Lunatic asylums Central Provinces reports 1895-1909 - 1895-1909
Year: 1895
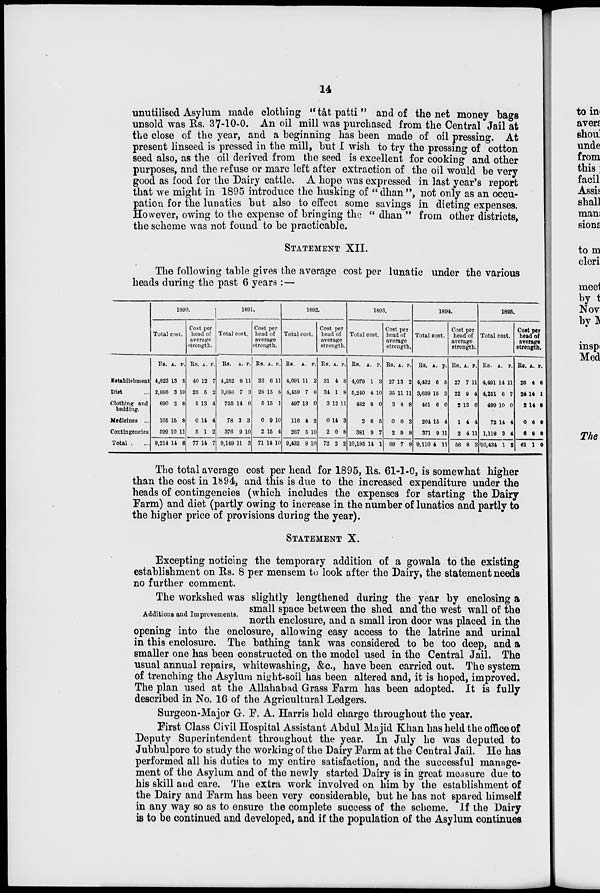
14
unutilised Asylum made clothing " tât patti " and of the net money bags
unsold was Rs. 37-10-0. An oil mill was purchased from the Central Jail at
the close of the year, and a beginning has been made of oil pressing. At
present linseed is pressed in the mill, but I wish to try the pressing of cotton
seed also, as the oil derived from the seed is excellent for cooking and other
purposes, and the refuse or marc left after extraction of the oil would be very
good as food for the Dairy cattle. A hope was expressed in last year's report
that we might in 1895 introduce the husking of " dhan ", not only as an occu-
pation for the lunatics but also to effect some savings in dieting expenses.
However, owing to the expense of bringing the " dhan " from other districts,
the scheme was not found to be practicable.
STATEMENT XII.
The following table gives the average cost per lunatic under the various
heads during the past 6 years :—
Establishment
Diet
Clothing and
bedding.
Medicines ...
Contingencies
Total
1890.
Total cost.
Rs.
4,823
2,995
690
105
599
9,214
A.
13
3
2
15
10
14
P.
5
10
8
8
11
6
Cost per
head of
average
strength.
Rs.
40
25
5
0
5
77
A.
12
5
13
14
1
14
P.
7
2
4
4
2
7
1891.
Total cost.
Rs.
4,252
3,686
755
78
376
9,149
A.
8
7
14
3
9
11
P.
11
3
0
3
10
3
Cost per
head of
average
strength.
Rs.
33
28
5
0
2
71
A.
6
15
15
9
15
14
P.
11
8
1
10
4
10
1892.
Total cost.
Rs.
4,091
4,459
497
116
267
9,432
A.
11
7
13
4
5
9
P.
2
8
0
2
10
10
Cost per
head of
average
strength.
Rs.
31
34
3
0
2
72
A.
4
1
12
14
0
2
P.
8
8
11
3
8
2
1893.
Total cost.
Rs.
4,079
5,240
482
2
381
10,185
A.
1
4
8
6
9
14
P.
3
10
0
5
7
1
Cost per
head of
average
strength.
Rs.
27
35
3
0
2
69
A.
13
11
4
0
0
7
P.
2
11
8
3
8
8
1894.
Total cost.
Rs.
4,432
3,639
461
204
371
9,110
A.
6
15
6
15
9
4
P.
5
3
0
4
11
11
Cost per
head of
average
strength.
Rs.
27
22
2
1
2
56
A.
7
9
13
4
4
8
P.
11
4
6
4
11
3
1895.
Total cost.
Rs.
4,491
4,251
499
72
1,118
10,434
A.
14
6
10
14
3
1
P.
11
7
0
4
4
2
Cost per
head of
average
strength.
Rs.
26
24
2
0
6
61
A.
4
14
14
6
8
1
P.
6
1
9
9
6
0
The total average cost per head for 1895, Rs. 61-1-0, is somewhat higher
than the cost in 1894, and this is due to the increased expenditure under the
heads of contingencies (which includes the expenses for starting the Dairy
Farm) and diet (partly owing to increase in the number of lunatics and partly to
the higher price of provisions during the year).
STATEMENT X.
Excepting noticing the temporary addition of a gowala to the existing
establishment on Rs. 8 per mensem to look after the Dairy, the statement needs
no further comment.
Additions and Improvements.
The workshed was slightly lengthened during the year by enclosing a
small space between the shed and the west wall of the
north enclosure, and a small iron door was placed in the
opening into the enclosure, allowing easy access to the latrine and urinal
in this enclosure. The bathing tank was considered to be too deep, and a
smaller one has been constructed on the model used in the Central Jail. The
usual annual repairs, whitewashing, &c, have been carried out. The system
of trenching the Asylum night-soil has been altered and, it is hoped, improved.
The plan used at the Allahabad Grass Farm has been adopted. It is fully
described in No. 16 of the Agricultural Ledgers.
Surgeon-Major G. F. A. Harris held charge throughout the year.
First Class Civil Hospital Assistant Abdul Majid Khan has held the office of
Deputy Superintendent throughout the year. In July he was deputed to
Jubbulpore to study the working of the Dairy Farm at the Central Jail. He has
performed all his duties to my entire satisfaction, and the successful manage-
ment of the Asylum and of the newly started Dairy is in great measure due to
his skill and care. The extra work involved on him by the establishment of
the Dairy and Farm has been very considerable, but he has not spared himself
in any way so as to ensure the complete success of the scheme. If the Dairy
is to be continued and developed, and if the population of the Asylum continues